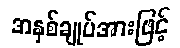
အနှစ်ချုပ်အားဖြင့်